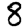
Digit: 8